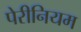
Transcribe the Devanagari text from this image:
पेरीनियम